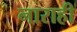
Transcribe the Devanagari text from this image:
नाराही